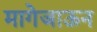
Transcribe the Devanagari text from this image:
मागेजाऊन